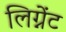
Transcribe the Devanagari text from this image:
लिग्नेंट